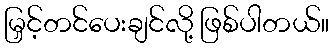
မြှင့်တင်ပေးချင်လို့ ဖြစ်ပါတယ်။